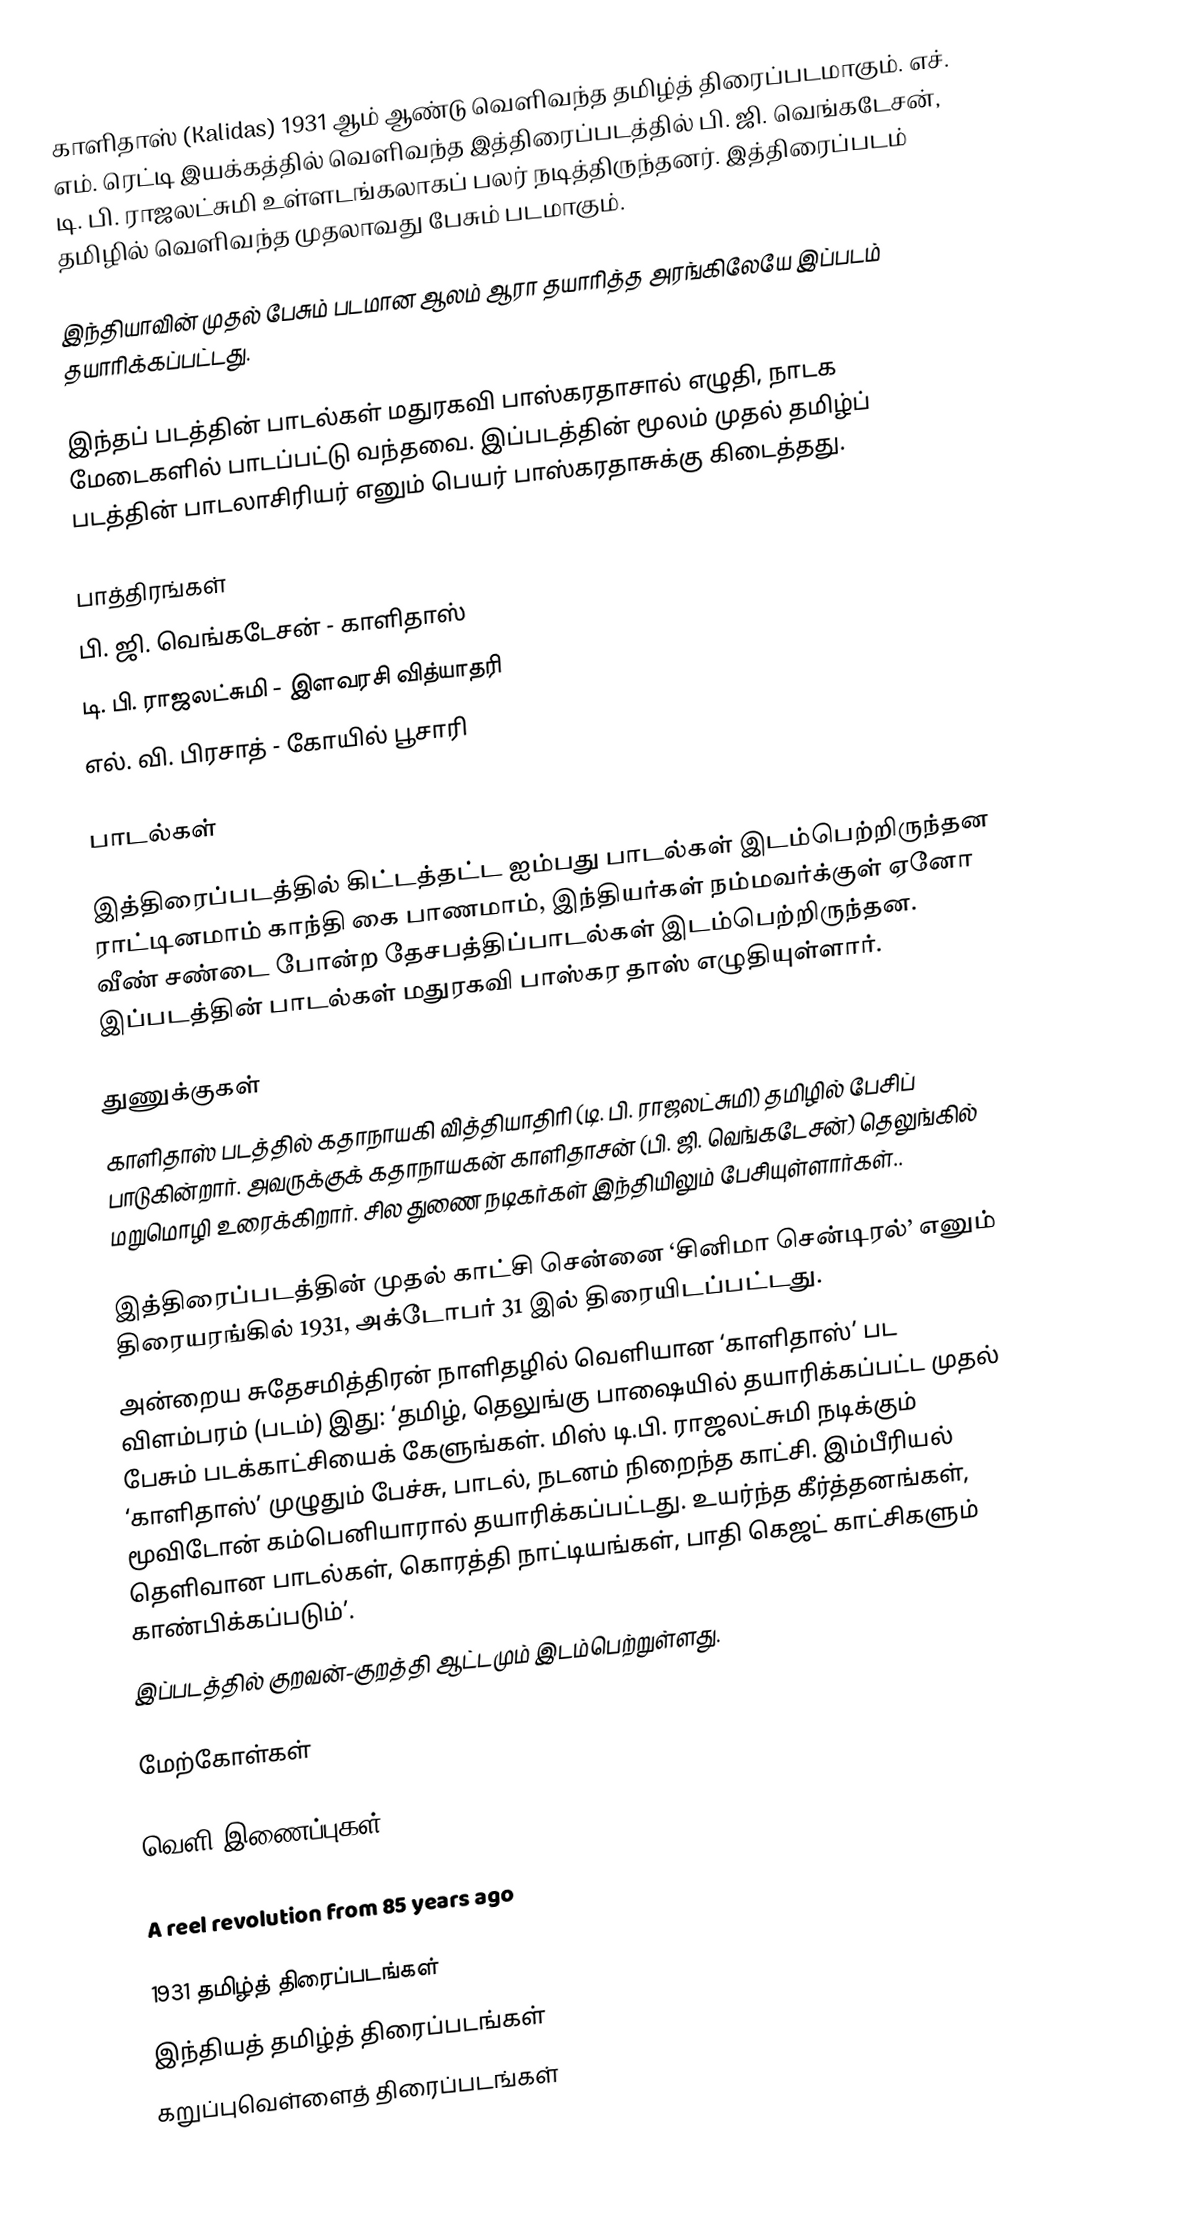
காளிதாஸ் (Kalidas) 1931 ஆம் ஆண்டு வெளிவந்த தமிழ்த் திரைப்படமாகும். எச். எம். ரெட்டி இயக்கத்தில் வெளிவந்த இத்திரைப்படத்தில் பி. ஜி. வெங்கடேசன், டி. பி. ராஜலட்சுமி உள்ளடங்கலாகப் பலர் நடித்திருந்தனர். இத்திரைப்படம் தமிழில் வெளிவந்த முதலாவது பேசும் படமாகும்.

இந்தியாவின் முதல் பேசும் படமான ஆலம் ஆரா தயாரித்த அரங்கிலேயே இப்படம் தயாரிக்கப்பட்டது.

இந்தப் படத்தின் பாடல்கள் மதுரகவி பாஸ்கரதாசால் எழுதி, நாடக மேடைகளில் பாடப்பட்டு வந்தவை. இப்படத்தின் மூலம் முதல் தமிழ்ப் படத்தின் பாடலாசிரியர் எனும் பெயர் பாஸ்கரதாசுக்கு கிடைத்தது.

பாத்திரங்கள்
பி. ஜி. வெங்கடேசன் - காளிதாஸ்
டி. பி. ராஜலட்சுமி - இளவரசி வித்யாதரி
எல். வி. பிரசாத்  - கோயில் பூசாரி

பாடல்கள்

இத்திரைப்படத்தில் கிட்டத்தட்ட ஐம்பது பாடல்கள் இடம்பெற்றிருந்தன ராட்டினமாம் காந்தி கை பாணமாம், இந்தியர்கள் நம்மவர்க்குள் ஏனோ வீண் சண்டை போன்ற தேசபத்திப்பாடல்கள் இடம்பெற்றிருந்தன. இப்படத்தின் பாடல்கள் மதுரகவி பாஸ்கர தாஸ் எழுதியுள்ளார்.

துணுக்குகள்
 காளிதாஸ் படத்தில் கதாநாயகி வித்தியாதிரி (டி. பி. ராஜலட்சுமி) தமிழில் பேசிப் பாடுகின்றார். அவருக்குக் கதாநாயகன் காளிதாசன் (பி. ஜி. வெங்கடேசன்) தெலுங்கில் மறுமொழி உரைக்கிறார். சில துணை நடிகர்கள் இந்தியிலும் பேசியுள்ளார்கள்..

 இத்திரைப்படத்தின் முதல் காட்சி சென்னை ‘சினிமா சென்டிரல்’ எனும் திரையரங்கில் 1931, அக்டோபர் 31 இல் திரையிடப்பட்டது.
 அன்றைய சுதேசமித்திரன் நாளிதழில் வெளியான ‘காளிதாஸ்’ பட விளம்பரம் (படம்) இது: ‘தமிழ், தெலுங்கு பாஷையில் தயாரிக்கப்பட்ட முதல் பேசும் படக்காட்சியைக் கேளுங்கள். மிஸ் டி.பி. ராஜலட்சுமி நடிக்கும் ‘காளிதாஸ்’ முழுதும் பேச்சு, பாடல், நடனம் நிறைந்த காட்சி. இம்பீரியல் மூவிடோன் கம்பெனியாரால் தயாரிக்கப்பட்டது. உயர்ந்த கீர்த்தனங்கள், தெளிவான பாடல்கள், கொரத்தி நாட்டியங்கள், பாதி கெஜட் காட்சிகளும் காண்பிக்கப்படும்’.
 இப்படத்தில் குறவன்-குறத்தி ஆட்டமும் இடம்பெற்றுள்ளது.

மேற்கோள்கள்

வெளி இணைப்புகள்

 A reel revolution from 85 years ago

1931 தமிழ்த் திரைப்படங்கள்
இந்தியத் தமிழ்த் திரைப்படங்கள்
கறுப்புவெள்ளைத் திரைப்படங்கள்